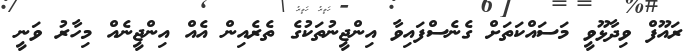
ރައޫފް ވިދާޅޫވީ މަސައްކަތަށް ގެނެސްފައިވާ އިންޖީނުތަކުގެ ތެރެއިން އެއް އިންޖީނެއް މިހާރު ވަނީ